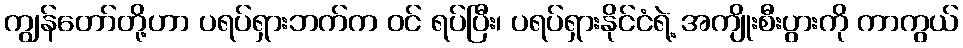
ကျွန်တော်တို့ဟာ ပရပ်ရှားဘက်က ဝင် ရပ်ပြီး၊ ပရပ်ရှားနိုင်ငံရဲ့ အကျိုးစီးပွားကို ကာကွယ်